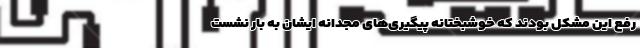
رفع این مشکل بودند که خوشبختانه پیگیری‌های مجدانه ایشان به بار نشست